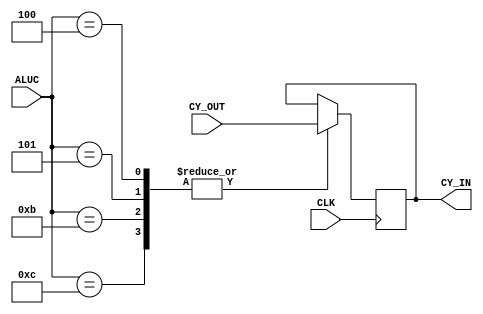
module CYBlock (CLK, ALUC, CY_IN, CY_OUT);

	input CLK, CY_OUT;
	input [3:0] ALUC;
		
	output reg CY_IN;
	
	always @ (posedge CLK)
	begin
	
		case (ALUC)
		
			4,5,11,12:  CY_IN = CY_OUT;	 
			default:;
		
		endcase
		
	end
		
endmodule